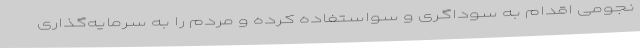
نجومی اقدام به سوداگری و سواستفاده کرده و مردم را به سرمایه‌گذاری